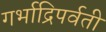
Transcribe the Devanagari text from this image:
गर्भाद्रिपर्वती